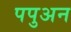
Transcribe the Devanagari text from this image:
पपुअन